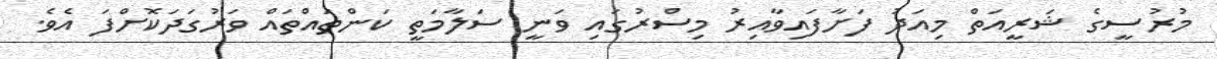
މުރުސީގެ ޝަރީއަތް މިއަދު ފަށާފައިވާއިރު މިސްރުގައި ވަނީ ސަލާމަތީ ކަންތައްތައް ވަރުގަދަކޮށްފަ އެވެ.